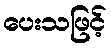
ပေးသဖြင့်